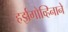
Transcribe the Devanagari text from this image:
हर्झगोव्हिनाने